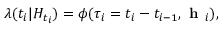
\lambda ( t _ { i } | H _ { t _ { i } } ) = \phi ( \tau _ { i } = t _ { i } - t _ { i - 1 } , \textbf { h } _ { i } ) ,